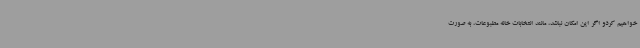
خواهیم کردو اگر این امکان نباشد، مانند انتخابات خانه مطبوعات، به صورت